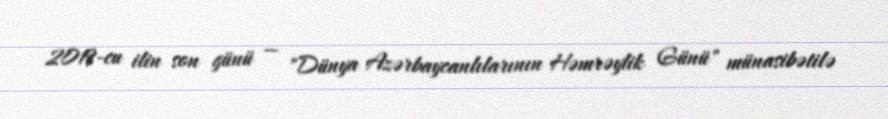
2019-cu ilin son günü — "Dünya Azərbaycanlılarının Həmrəylik Günü" münasibətilə